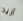
أريد